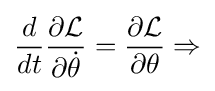
{\frac {d}{dt}}{\frac {\partial {\mathcal {L}}}{\partial {\dot {\theta }}}}={\frac {\partial {\mathcal {L}}}{\partial \theta }}\Rightarrow